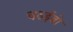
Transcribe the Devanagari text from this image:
चढईबो